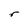
Character: r